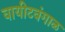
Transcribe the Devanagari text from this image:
वायीटवंगाळ